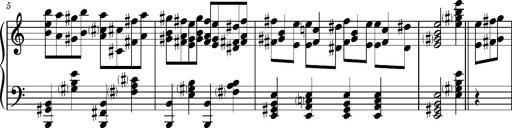
Title: RÃ¡kÃ³czi-Marsch, S.692d
Composer: Franz Liszt
Key: A minor